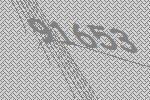
91653